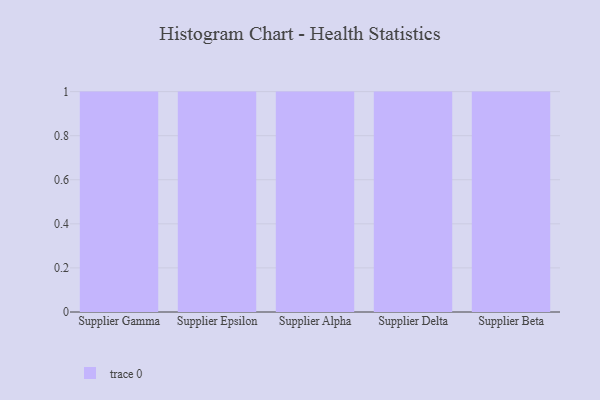
{"axis": {"x": "Supplier", "y": "Backlog"}, "legend": [""], "data": [{"x": "Supplier Gamma", "y": 21, "type": ""}, {"x": "Supplier Epsilon", "y": 76, "type": ""}, {"x": "Supplier Alpha", "y": 48, "type": ""}, {"x": "Supplier Delta", "y": 52, "type": ""}, {"x": "Supplier Beta", "y": 84, "type": ""}]}